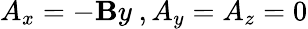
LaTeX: A_{x}=-\mathbf{B}y\ ,A_{y}=A_{z}=0